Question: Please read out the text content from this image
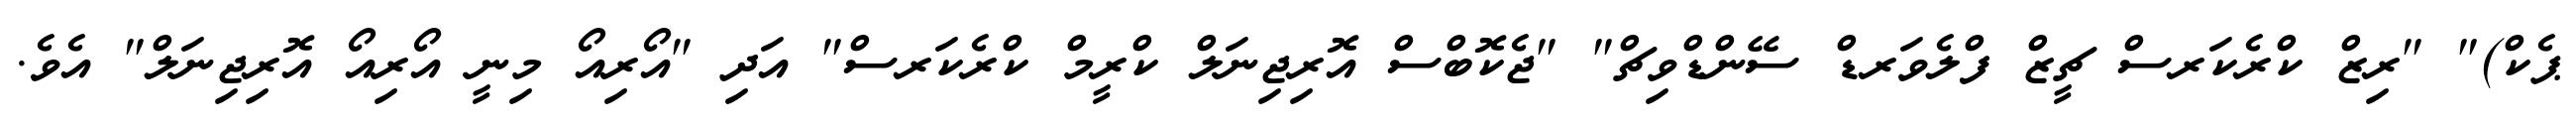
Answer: ޕެކް)" "ރިޒް ކްރެކަރސް ޗީޒް ފްލެވަރޑް ސޭންޑްވިޗް" "ޖެކޮބްސް އޮރިޖިނަލް ކްރީމް ކްރެކަރސް" އަދި "އޯރިއޯ މިނީ އޯރިއޯ އޮރިޖިނަލް" އެވެ.